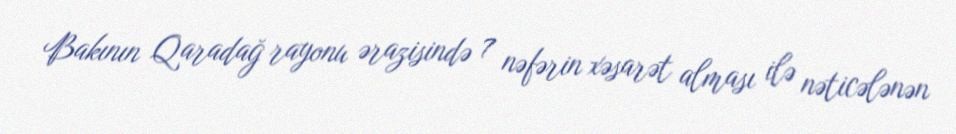
Bakının Qaradağ rayonu ərazisində 7 nəfərin xəsarət alması ilə nəticələnən